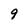
Character: 9